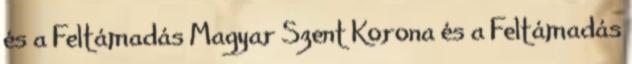
és a Feltámadás Magyar Szent Korona és a Feltámadás